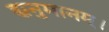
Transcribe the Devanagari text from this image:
ह्यनुमानम्।